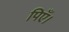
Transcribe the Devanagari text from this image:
पिएँ।